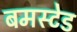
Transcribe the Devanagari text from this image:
बमस्टेड